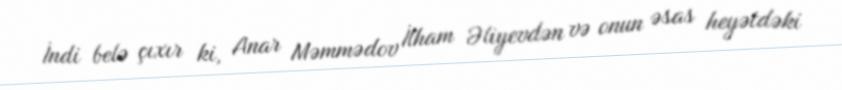
İndi belə çıxır ki, Anar Məmmədov İlham Əliyevdən və onun əsas heyətdəki